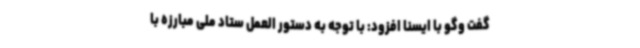
گفت وگو با ایسنا افزود: با توجه به دستور العمل ستاد ملی مبارزه با